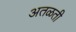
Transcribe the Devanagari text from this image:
अतळती